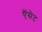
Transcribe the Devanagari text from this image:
ऍसेट